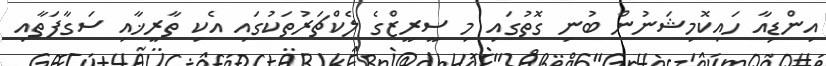
އިންޑިއާ ހައިކޮމިޝަނުން ބުނި ގޮތުގައި މި ސީރީޒްގެ ލެކްޗަރުތަކުގައި އެކި ތާރީޚާއި ސަގާފަތާއި